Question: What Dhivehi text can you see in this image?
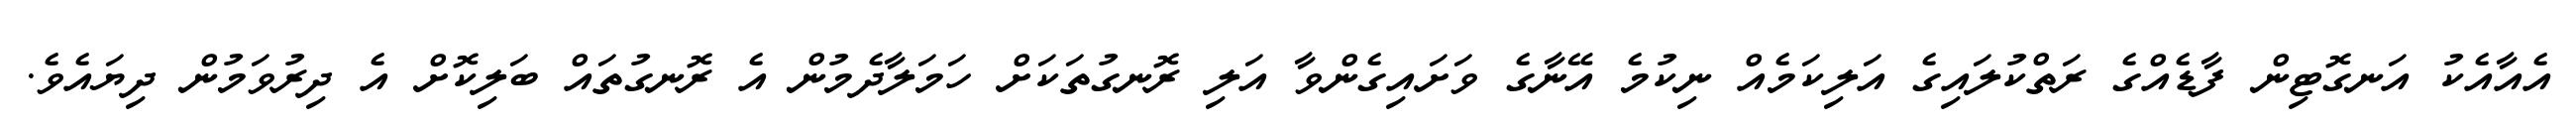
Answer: އެއާއެކު އަނގޮޓިން ފާޑެއްގެ ރަތްކުލައިގެ އަލިކަމެއް ނިކުމެ އޭނާގެ ވަށައިގެންވާ އަލި ރޮނގުތަކަށް ހަމަލާދެމުން އެ ރޮނގުތައް ބަލިކޮށް އެ ދިރުވަމުން ދިޔައެވެ.